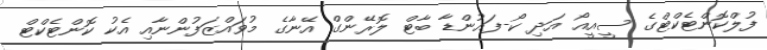
ފުލްކޮންޓެކްޓްގެ ސީއީއޯ އަދި ކޯ-ފައުންޑާ ބާޓް ލޮރޭންގް އޭނާގެ މުވައްޒަފުންނާއި އެކު ކޮންޓެކްޓް